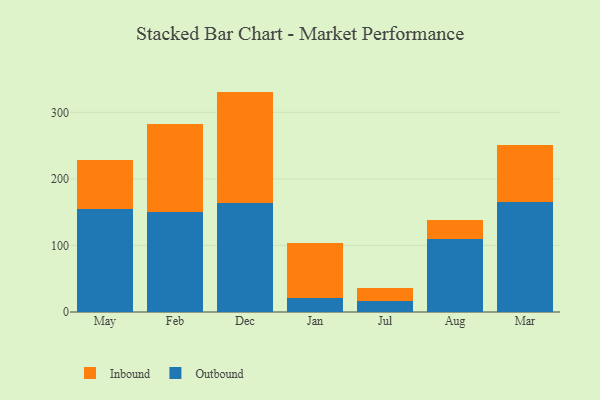
{"axis": {"x": "Month", "y": "Website Visitors"}, "legend": ["Inbound", "Outbound"], "data": [{"x": "May", "y": 155.5, "type": "Outbound"}, {"x": "May", "y": 72.4, "type": "Inbound"}, {"x": "Feb", "y": 149.9, "type": "Outbound"}, {"x": "Feb", "y": 132.8, "type": "Inbound"}, {"x": "Dec", "y": 164.3, "type": "Outbound"}, {"x": "Dec", "y": 166.9, "type": "Inbound"}, {"x": "Jan", "y": 21.5, "type": "Outbound"}, {"x": "Jan", "y": 82.6, "type": "Inbound"}, {"x": "Jul", "y": 16.0, "type": "Outbound"}, {"x": "Jul", "y": 20.3, "type": "Inbound"}, {"x": "Aug", "y": 109.5, "type": "Outbound"}, {"x": "Aug", "y": 28.8, "type": "Inbound"}, {"x": "Mar", "y": 166.0, "type": "Outbound"}, {"x": "Mar", "y": 85.1, "type": "Inbound"}]}